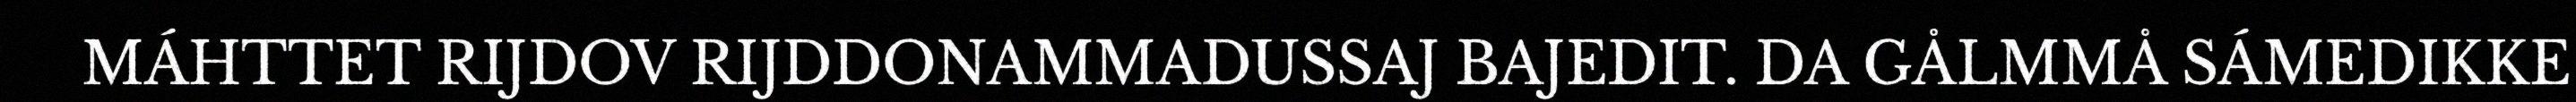
MÁHTTET RIJDOV RIJDDONAMMADUSSAJ BAJEDIT. DA GÅLMMÅ SÁMEDIKKE